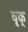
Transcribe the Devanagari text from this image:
वृक्